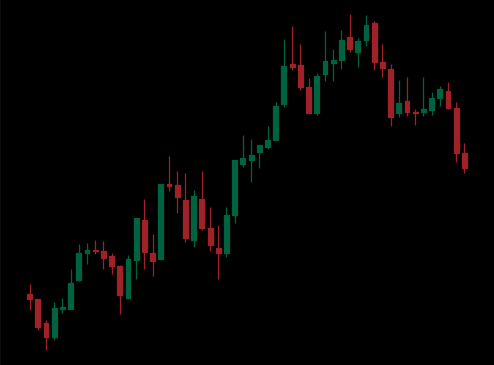
Pattern: bear_flag